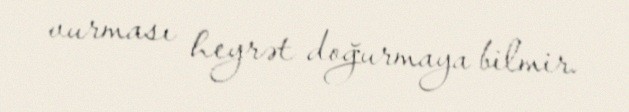
vurması heyrət doğurmaya bilmir.